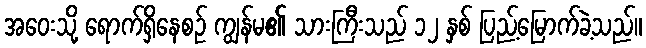
အဝေးသို့ ရောက်ရှိနေစဉ် ကျွန်မ၏ သားကြီးသည် ၁၂ နှစ် ပြည့်မြောက်ခဲ့သည်။